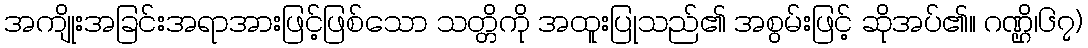
အကျိုးအခြင်းအရာအားဖြင့်ဖြစ်သော သတ္တိကို အထူးပြုသည်၏ အစွမ်းဖြင့် ဆိုအပ်၏။ ဂဏ္ဌိ၊၆၇)